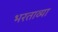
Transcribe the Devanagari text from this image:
भरताव्या